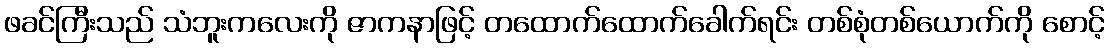
ဖခင်ကြီးသည် သံဘူးကလေးကို ဇာကနာဖြင့် တထောက်ထောက်ခေါက်ရင်း တစ်စုံတစ်ယောက်ကို စောင့်